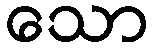
သော